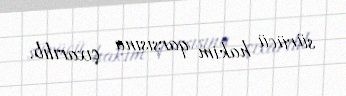
sürücü hakim qarşısına çıxarılıb.